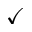
\checkmark